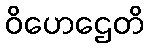
ဝိဟေဌေတိ